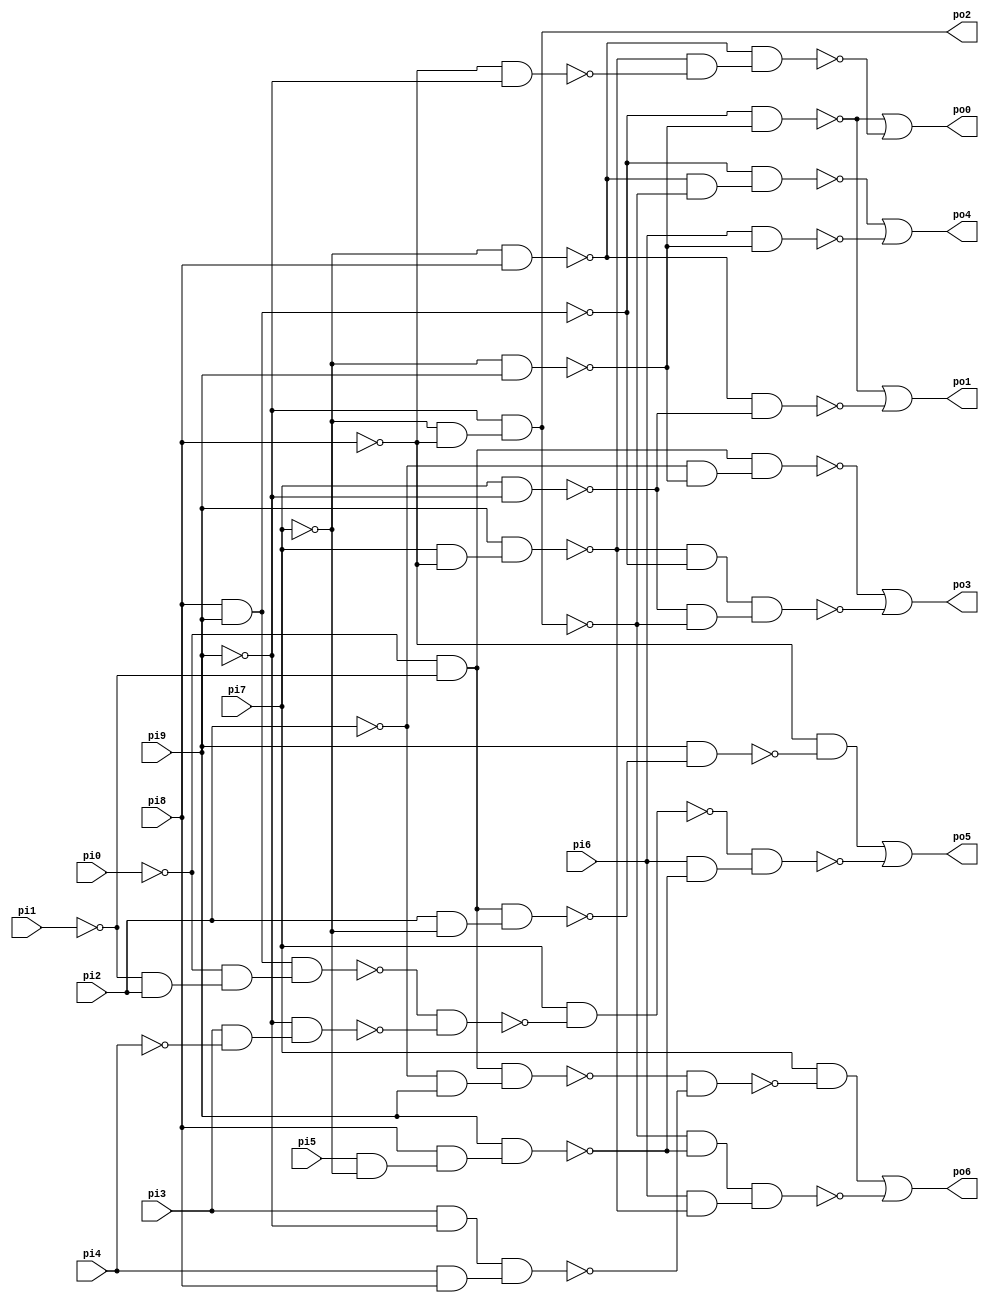
// Benchmark "x2" written by ABC on Sun Apr 22 21:43:16 2018

module x2 ( 
    pi0, pi1, pi2, pi3, pi4, pi5, pi6, pi7, pi8, pi9,
    po0, po1, po2, po3, po4, po5, po6  );
  input  pi0, pi1, pi2, pi3, pi4, pi5, pi6, pi7, pi8, pi9;
  output po0, po1, po2, po3, po4, po5, po6;
  wire n18, n19, n20, n21, n22, n23, n24, n25, n26, n28, n29, n31, n33, n34,
    n35, n36, n37, n38, n40, n41, n42, n44, n45, n46, n47, n48, n49, n50,
    n51, n52, n53, n54, n55, n56, n57, n58, n59, n61, n62, n63, n64, n65,
    n66, n67, n68, n69, n70;
  assign n18 = pi7 & ~pi8;
  assign n19 = pi9 & n18;
  assign n20 = ~pi7 & pi8;
  assign n21 = pi8 & pi9;
  assign n22 = ~pi7 & pi9;
  assign n23 = ~n21 & ~n22;
  assign n24 = ~pi8 & ~pi9;
  assign n25 = ~n19 & ~n24;
  assign n26 = ~n20 & n25;
  assign po0 = ~n23 | ~n26;
  assign n28 = pi7 & ~pi9;
  assign n29 = ~n20 & ~n28;
  assign po1 = ~n23 | ~n29;
  assign n31 = ~pi7 & ~pi8;
  assign po2 = ~pi9 & n31;
  assign n33 = ~pi0 & ~pi1;
  assign n34 = ~pi2 & ~n22;
  assign n35 = n33 & n34;
  assign n36 = ~n19 & ~n21;
  assign n37 = ~n28 & ~po2;
  assign n38 = n36 & n37;
  assign po3 = ~n35 | ~n38;
  assign n40 = ~n20 & ~po2;
  assign n41 = ~n21 & n40;
  assign n42 = pi6 & ~n22;
  assign po4 = ~n41 | ~n42;
  assign n44 = pi5 & ~pi7;
  assign n45 = pi8 & n44;
  assign n46 = pi9 & n45;
  assign n47 = pi2 & ~pi7;
  assign n48 = n33 & n47;
  assign n49 = pi9 & ~n48;
  assign n50 = ~pi8 & ~n49;
  assign n51 = ~pi1 & pi2;
  assign n52 = ~pi0 & n51;
  assign n53 = n21 & n52;
  assign n54 = pi3 & ~pi4;
  assign n55 = ~pi9 & n54;
  assign n56 = ~n53 & ~n55;
  assign n57 = pi7 & ~n56;
  assign n58 = pi6 & ~n46;
  assign n59 = ~n57 & n58;
  assign po5 = n50 | ~n59;
  assign n61 = ~pi2 & pi9;
  assign n62 = n33 & n61;
  assign n63 = pi3 & ~pi9;
  assign n64 = pi4 & pi8;
  assign n65 = n63 & n64;
  assign n66 = ~n62 & ~n65;
  assign n67 = pi7 & ~n66;
  assign n68 = ~po2 & ~n46;
  assign n69 = pi6 & ~n19;
  assign n70 = n68 & n69;
  assign po6 = n67 | ~n70;
endmodule